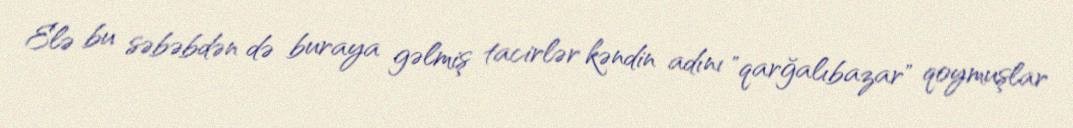
Elə bu səbəbdən də buraya gəlmiş tacirlər kəndin adını "qarğalıbazar" qoymuşlar